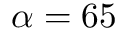
\alpha = 6 5